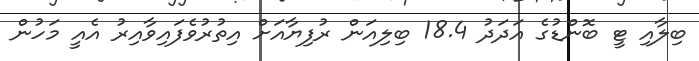
ބިލާއި ޓީ ބޮންޑުގެ އަދަދު 18.4 ބިލިއަން ރުފިޔާއަށް އިތުރުވެފައިވާއިރު އެއީ މަހުން